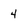
Character: 4